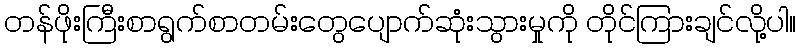
တန်ဖိုးကြီးစာရွက်စာတမ်းတွေပျောက်ဆုံးသွားမှုကို တိုင်ကြားချင်လို့ပါ။